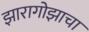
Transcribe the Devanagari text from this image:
झारागोझाचा